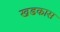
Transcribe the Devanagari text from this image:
खडकास